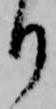
り